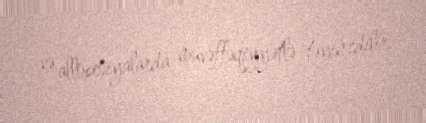
və allopesiyalarda müvəffəqiyyətlə təyin edilir.